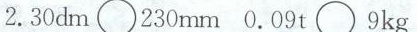
2.30dm\circ 230mm 0.09t\circ 9kg